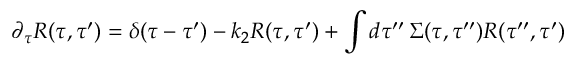
\partial _ { \tau } R ( \tau , \tau ^ { \prime } ) = \delta ( \tau - \tau ^ { \prime } ) - k _ { 2 } R ( \tau , \tau ^ { \prime } ) + \int d \tau ^ { \prime \prime } \, \Sigma ( \tau , \tau ^ { \prime \prime } ) R ( \tau ^ { \prime \prime } , \tau ^ { \prime } )